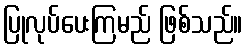
ပြုလုပ်ပေးကြမည် ဖြစ်သည်။